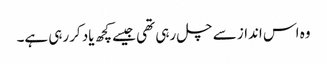
وہ اس انداز سے چل رہی تھی جیسے کچھ یاد کررہی ہے۔